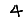
Digit: 4